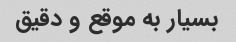
بسیار به موقع و دقیق